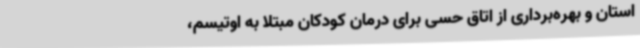
استان و بهره‌برداری از اتاق حسی برای درمان کودکان مبتلا به اوتیسم،